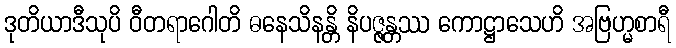
ဒုတိယာဒီသုပိ ဝီတရာဂေါတိ ဓနေသိနန္တိ နိပဇ္ဇန္တဿ ကောဋ္ဌာသေဟိ အဗြဟ္မစာရီ